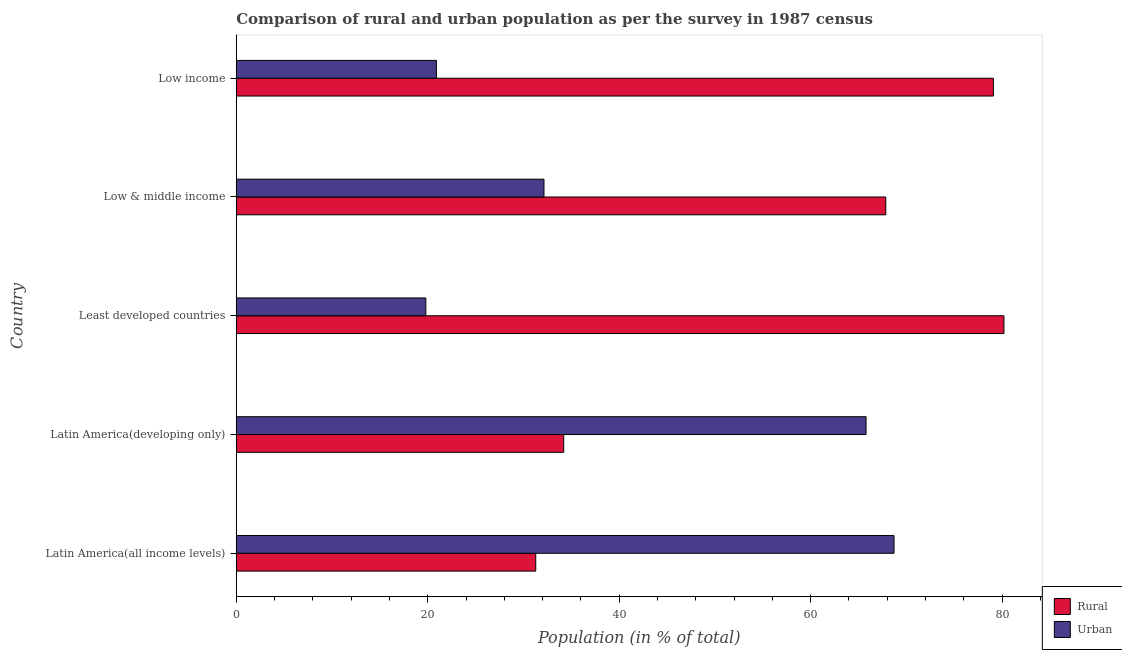
| Country | Rural | Urban |
 | --- | --- | --- |
 | Latin America(all income levels) | 31.3 | 68.7 |
 | Latin America(developing only) | 34.2 | 65.8 |
 | Least developed countries | 80.2 | 19.8 |
 | Low & middle income | 67.9 | 32.1 |
 | Low income | 79.1 | 20.9 |